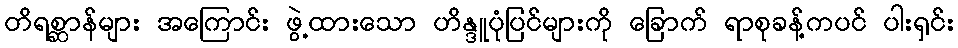
တိရစ္ဆာန်များ အကြောင်း ဖွဲ့ထားသော ဟိန္ဒူပုံပြင်များကို ခြောက် ရာစုခန့်ကပင် ပါးရှင်း